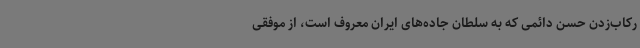
رکاب‌زدن حسن دائمی که به سلطان جاده‌های ایران معروف است، از موفقی